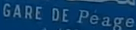
GARE DE PEAGE